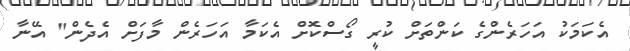
އެކަމަކު އަހަރެންގެ ކަންތަށް ކުރީ ގޯސްކޮށް އެކަމާ އަހަރެން މާފަށް އެދެން" އޭނާ